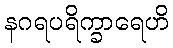
နဂရပရိက္ခာရေဟိ